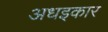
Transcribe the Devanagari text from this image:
अधइकार